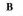
B